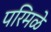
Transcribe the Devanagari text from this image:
परिमळे